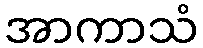
အာကာသံ